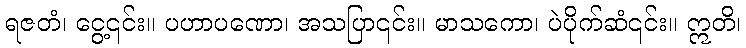
ရဇတံ၊ ငွေ့၎င်း။ ပဟာပဏော၊ အသပြာ၎င်း။ မာသကော၊ ပဲပိုက်ဆံ၎င်း။ ဣတိ၊